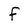
Character: f